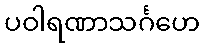
ပဝါရဏာသင်္ဂဟေ